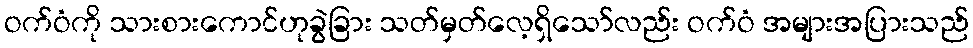
ဝက်ဝံကို သားစားကောင်ဟုခွဲခြား သတ်မှတ်လေ့ရှိသော်လည်း ဝက်ဝံ အများအပြားသည်